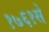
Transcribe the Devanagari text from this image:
१७६१से